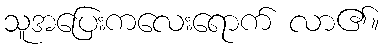
သူအပြေးကလေးရောက် လာ၏။